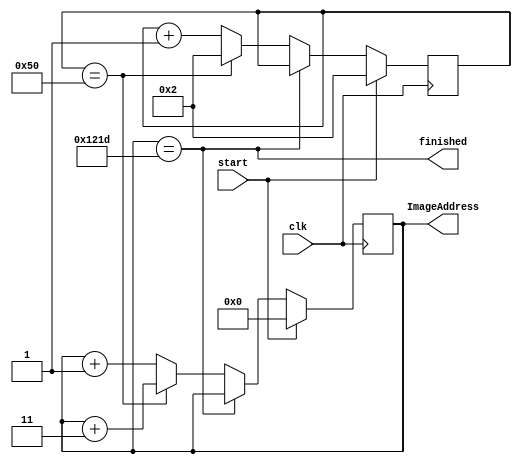
module AddressController(
output	reg[12:0]ImageAddress,
output	finished,
input		clk, start);

parameter WIDTH		= 80;
parameter STEP 		= 1;
parameter START_POS	= 0;
parameter END_POS		= 4637;

wire 		skip;
reg[7:0]	lineCounter;

assign	skip = (lineCounter==WIDTH);
assign	finished = (ImageAddress==END_POS);

always @ (posedge clk) begin
	if (start) begin
		ImageAddress <= 0 + START_POS;
		lineCounter <= 2;
	end
	else if (!finished) begin
		if (!skip) begin
			ImageAddress <= ImageAddress + STEP;
			lineCounter <= lineCounter + STEP;
		end
		else begin
			lineCounter <= 2;
			ImageAddress <= ImageAddress + 3;
		end	
	end
end
endmodule